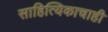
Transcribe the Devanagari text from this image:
साहित्यिकाचाही